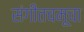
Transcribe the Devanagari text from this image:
संगीतचमूचा